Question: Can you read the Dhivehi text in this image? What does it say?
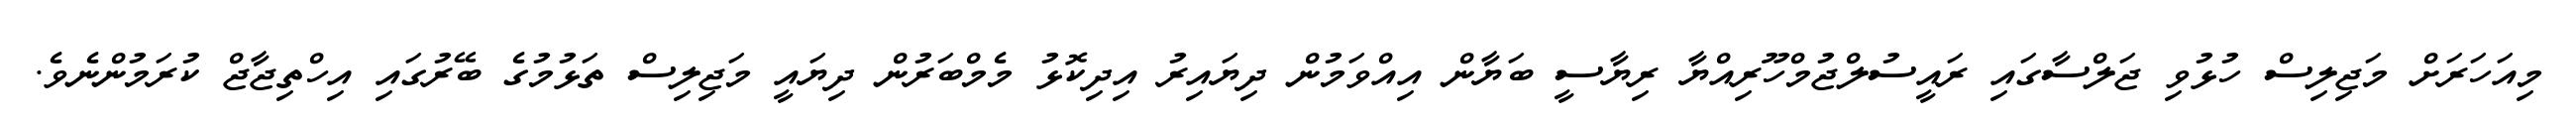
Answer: މިއަހަރަށް މަޖިލިސް ހުޅުވި ޖަލްސާގައި ރައީސުލްޖުމްހޫރިއްޔާ ރިޔާސީ ބަޔާން އިއްވަމުން ދިޔައިރު އިދިކޮޅު މެމްބަރުން ދިޔައީ މަޖިލިސް ތަޅުމުގެ ބޭރުގައި އިހްތިޖާޖް ކުރަމުންނެވެ.